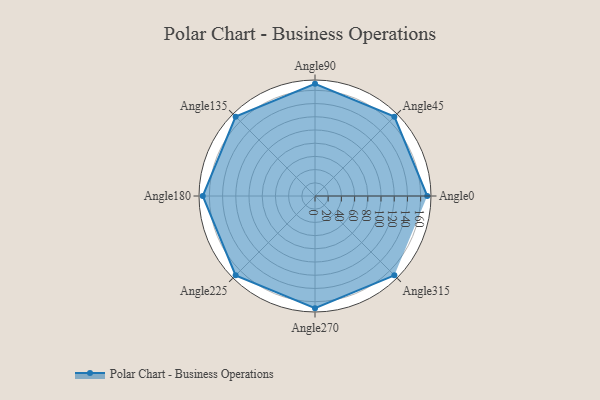
{"axis": {"x": "Angle", "y": "Radius"}, "legend": [""], "data": [{"x": "Angle0", "y": 170, "type": ""}, {"x": "Angle45", "y": 170, "type": ""}, {"x": "Angle90", "y": 170, "type": ""}, {"x": "Angle135", "y": 170, "type": ""}, {"x": "Angle180", "y": 170, "type": ""}, {"x": "Angle225", "y": 170, "type": ""}, {"x": "Angle270", "y": 170, "type": ""}, {"x": "Angle315", "y": 170, "type": ""}]}